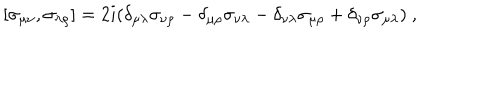
[ \sigma _ { \mu \nu } , \sigma _ { \lambda \rho } ] = 2 i ( \delta _ { \mu \lambda } \sigma _ { \nu \rho } - \delta _ { \mu \rho } \sigma _ { \nu \lambda } - \delta _ { \nu \lambda } \sigma _ { \mu \rho } + \delta _ { \nu \rho } \sigma _ { \mu \lambda } ) \ ,